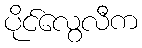
ပိုင်လွေလီက